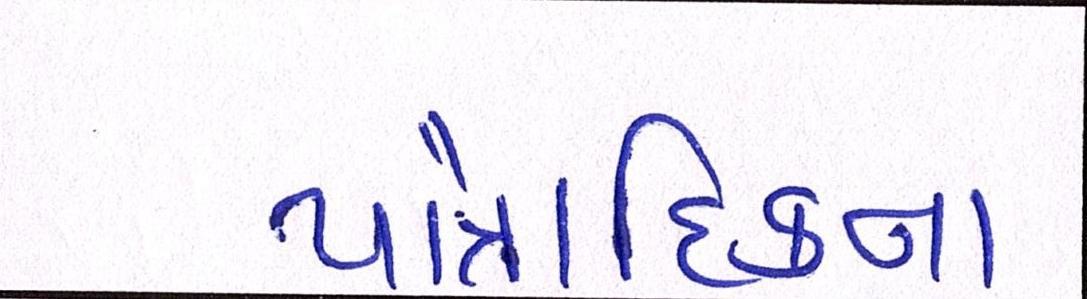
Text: પૌત્રાદિકના